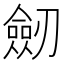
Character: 劒